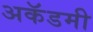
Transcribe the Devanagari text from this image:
अकॅडमी